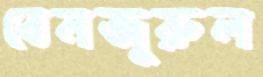
বেনজুরুল